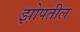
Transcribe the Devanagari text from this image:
झोपतील